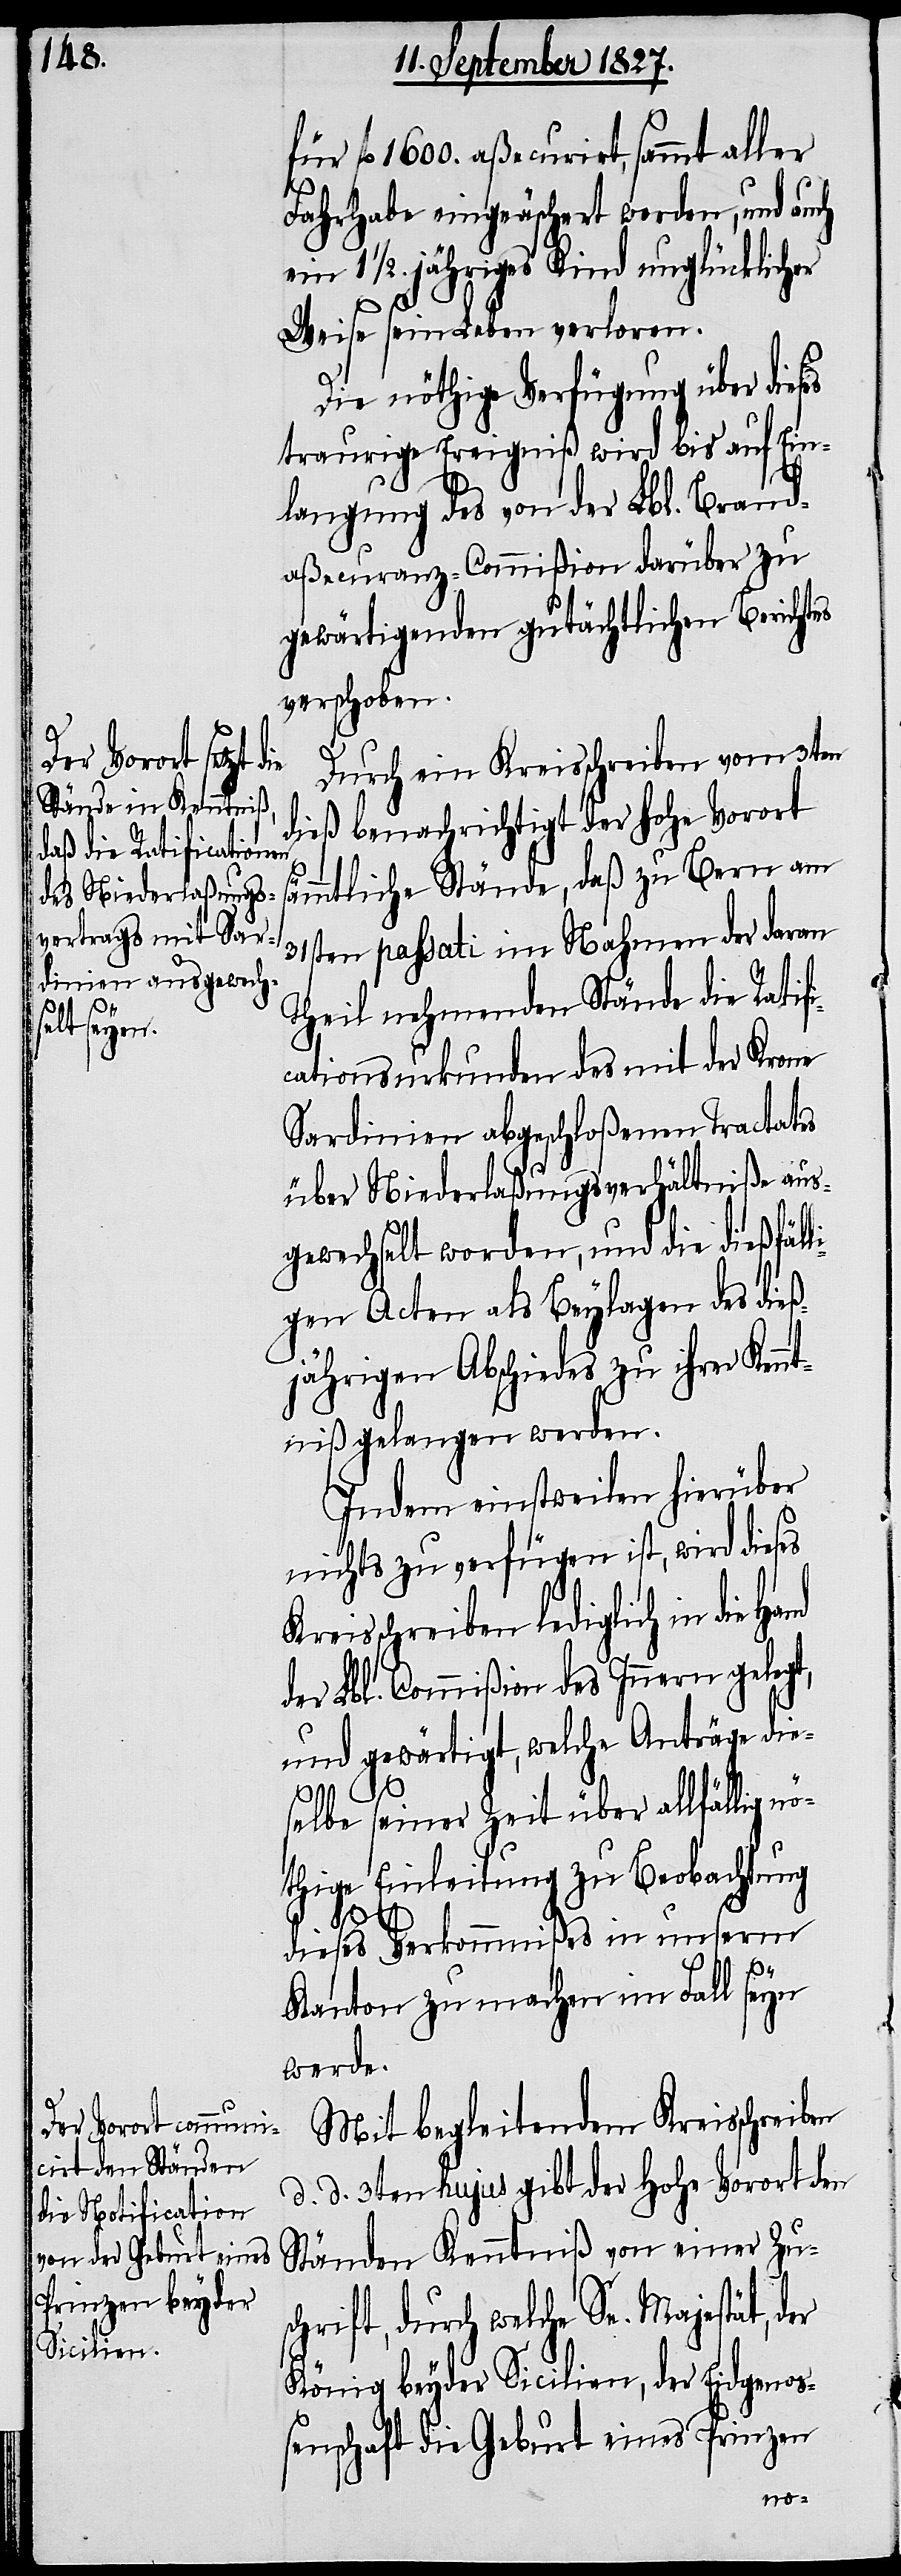
fl. 1600. aßecurirt, sammt aller
Fahrhabe eingeäschert worden, und auch
ein 1 ½. jähriges Kind unglücklicher
Weise sein Leben verloren.
Die nöthige Verfügung über dies¬
traurige Ereigniß wird bis auf Ein¬
langung des von der Lbl. Brand¬
aßecuranz-Commißion darüber zu
gewärtigenden gutächtlichen Berichtes
verschoben.
Durch ein Kreisschreiben vom 3ten
dieß benachrichtigt der hohe Vorort
sämmtliche Stände, daß zu Bern am
31sten passati im Nahmen der daran
Theil nehmenden Stände die Ratif¬
icationsurkunden des mit der Krone
Sardinien abgeschloßenen Tractates
über Niederlaßungsverhältniße aus¬
gewechselt worden, und die dießfäll¬
igen Acten als Beylagen des dieß¬
jährigen Abschiedes zu ihrer Kenn¬
tniß gelangen werden.
Indem einstweilen hierüber
nichts zu verfügen ist, wird dies¬
Kreisschreiben lediglich in die
der Lbl. Commißion des Innern gelegt,
und gewärtigt, welche Anträge die¬
selbe seiner Zeit über allfällig nö¬
thige Einleitung zu Beobachtung
dieses Verkommnißes in unserm
Kanton zu machen im Fall seyn
werde.
Mit begleitendem Kreisschreiben
d. d. 3ten hujus gibt der Hohe Vorort den
Ständen Kenntniß von einer Zus¬
chrift, durch welche Se. Majestät, der
König beyder Sicilien, der Eidgenoß¬
enschaft die Geburt eines Prinzen
es